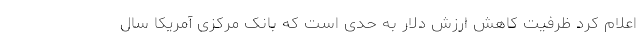
اعلام کرد ظرفیت کاهش ارزش دلار به حدی است که بانک مرکزی آمریکا سال